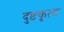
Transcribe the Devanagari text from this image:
दुष्टकृत्य